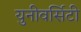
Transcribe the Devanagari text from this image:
युनीवर्सिटी